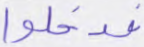
فدخلوا